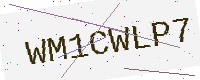
Text: WM1CWLP7